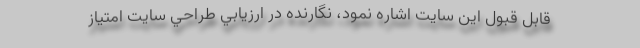
قابل قبول اين سايت اشاره نمود، نگارنده در ارزيابي طراحي سايت امتياز